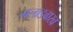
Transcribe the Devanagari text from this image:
गलाडबाख